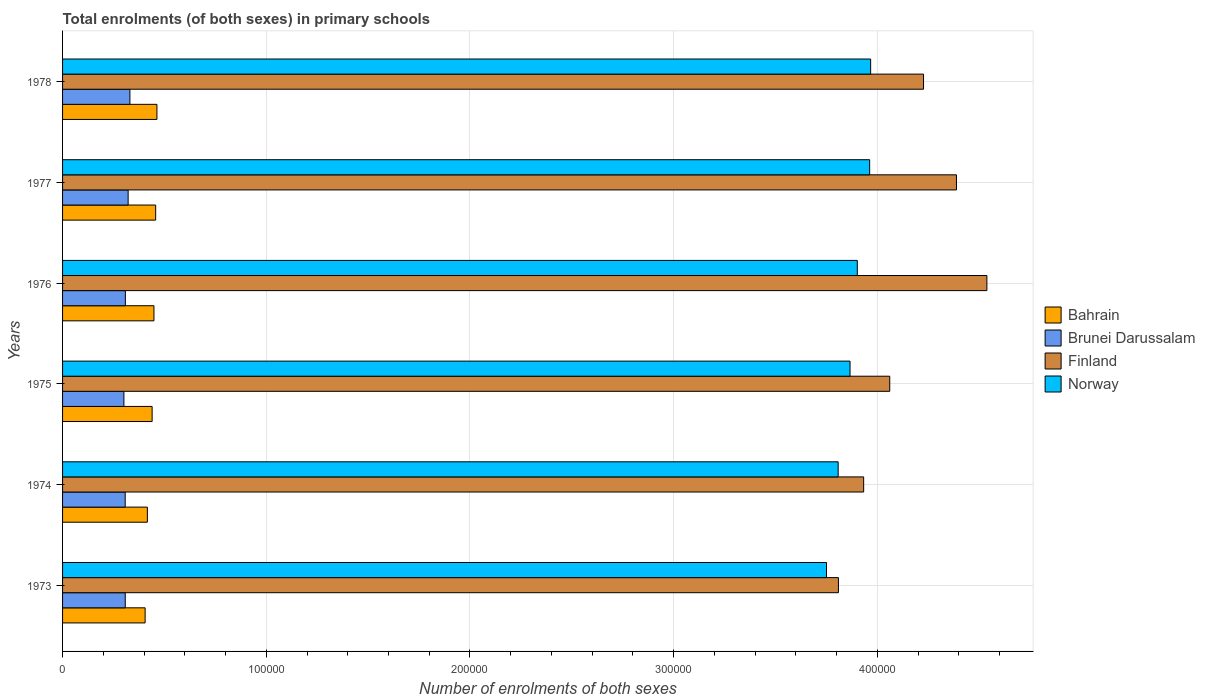
| Years | Bahrain | Brunei Darussalam | Finland | Norway |
 | --- | --- | --- | --- | --- |
 | 1973 | 4.05e+04 | 3.08e+04 | 3.81e+05 | 3.75e+05 |
 | 1974 | 4.16e+04 | 3.07e+04 | 3.93e+05 | 3.81e+05 |
 | 1975 | 4.4e+04 | 3.01e+04 | 4.06e+05 | 3.87e+05 |
 | 1976 | 4.49e+04 | 3.08e+04 | 4.54e+05 | 3.9e+05 |
 | 1977 | 4.57e+04 | 3.22e+04 | 4.39e+05 | 3.96e+05 |
 | 1978 | 4.63e+04 | 3.31e+04 | 4.23e+05 | 3.97e+05 |